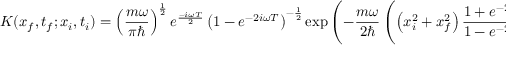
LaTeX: K ( x _ { f } , t _ { f } ; x _ { i } , t _ { i } ) = \left( { \frac { m \omega } { \pi \hbar } } \right) ^ { \frac { 1 } { 2 } } e ^ { \frac { - i \omega T } { 2 } } \left( 1 - e ^ { - 2 i \omega T } \right) ^ { - { \frac { 1 } { 2 } } } \exp { \left( - { \frac { m \omega } { 2 \hbar } } \left( \left( x _ { i } ^ { 2 } + x _ { f } ^ { 2 } \right) { \frac { 1 + e ^ { - 2 i \omega T } } { 1 - e ^ { - 2 i \omega T } } } - { \frac { 4 x _ { i } x _ { f } e ^ { - i \omega T } } { 1 - e ^ { - 2 i \omega T } } } \right) \right) } .